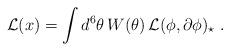
LaTeX: \begin{align*}{\cal L}(x) = \int d^6\theta \, W(\theta) \, {\cal L}(\phi,\partial\phi)_\star \ .\end{align*}